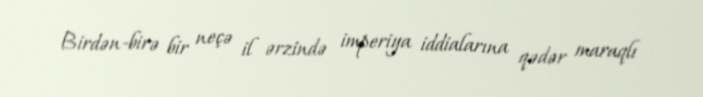
Birdən-birə bir neçə il ərzində imperiya iddialarına qədər maraqlı